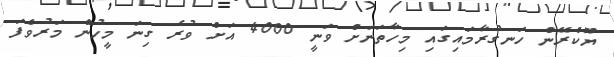
ޔޫކްރޭން ހަނގުރާމައިގައި މިހާތަނަށް ވަނީ 4000 އަށް ވުރެ ގިނަ މީހުން މަރުވެފަ